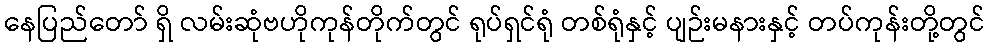
နေပြည်တော် ရှိ လမ်းဆုံဗဟိုကုန်တိုက်တွင် ရုပ်ရှင်ရုံ တစ်ရုံနှင့် ပျဉ်းမနားနှင့် တပ်ကုန်းတို့တွင်